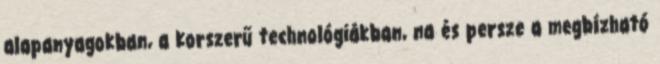
alapanyagokban, a korszerű technológiákban, na és persze a megbízható